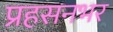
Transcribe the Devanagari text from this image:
प्रहसनभर